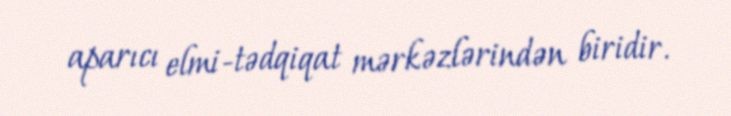
aparıcı elmi-tədqiqat mərkəzlərindən biridir.